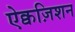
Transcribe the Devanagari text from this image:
ऐक्वज़िशन